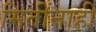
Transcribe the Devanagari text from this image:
मितींनाही